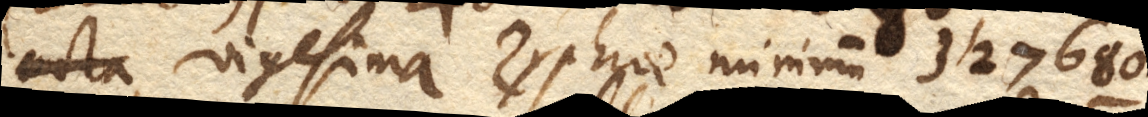
vigesima Zyphrae nimirum 327680.